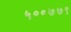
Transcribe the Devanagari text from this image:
५००७७९